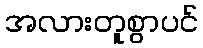
အလားတူစွာပင်